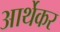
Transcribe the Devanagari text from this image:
आर्थेकर